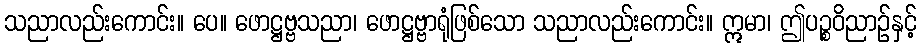
သညာလည်းကောင်း။ ပေ။ ဖောဋ္ဌဗ္ဗသညာ၊ ဖောဋ္ဌဗ္ဗာရုံဖြစ်သော သညာလည်းကောင်း။ ဣမာ၊ ဤပဉ္စဝိညာဉ်နှင့်